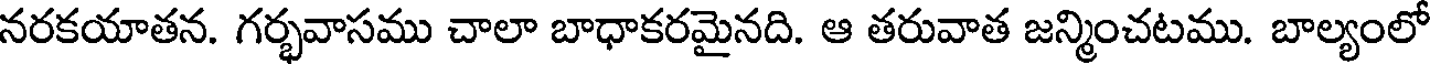
నరకయాతన. గర్భవాసము చాలా బాధాకరమైనది. ఆ తరువాత జన్మించటము. బాల్యంలో